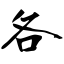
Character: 各